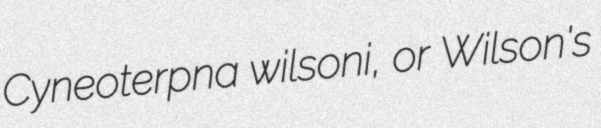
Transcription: Cyneoterpna wilsoni, or Wilson's